Regulations for the medical services of the Army of India
Year: 1930
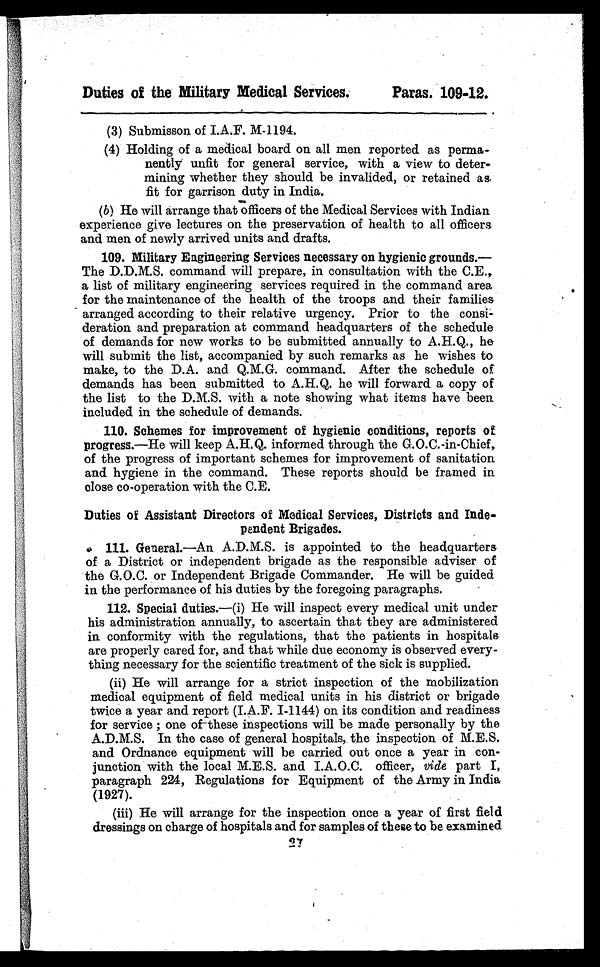
Duties of the Military Medical Services.
Paras. 109-12.
(3) Submisson of I.A.F. M-1194.
(4) Holding of a medical board on all men reported as perma-
nently unfit for general service, with a view to deter-
mining whether they should be invalided, or retained as
fit for garrison duty in India.
(b) He will arrange that officers of the Medical Services with Indian
experience give lectures on the preservation of health to all officers
and men of newly arrived units and drafts.
109. Military Engineering Services necessary on hygienic grounds.—
The D.D.M.S. command will prepare, in consultation with the C.E.,
a list of military engineering services required in the command area
for the maintenance of the health of the troops and their families
arranged according to their relative urgency. Prior to the consi-
deration and preparation at command headquarters of the schedule
of demands for new works to be submitted annually to A.H.Q., he
will submit the list, accompanied by such remarks as he wishes to
make, to the D.A. and Q.M.G. command. After the schedule of
demands has been submitted to A.H.Q. he will forward a copy of
the list to the D.M.S. with a note showing what items have been
included in the schedule of demands.
110. Schemes for improvement of hygienic conditions, reports of
progress.—He will keep A.H.Q. informed through the G.O.C.-in-Chief,
of the progress of important schemes for improvement of sanitation
and hygiene in the command. These reports should be framed in
close co-operation with the C.E.
Duties of Assistant Directors of Medical Services, Districts and Inde-
pendent Brigades.
111. General.—An A.D.M.S. is appointed to the headquarters
of a District or independent brigade as the responsible adviser of
the G.O.C. or Independent Brigade Commander. He will be guided
in the performance of his duties by the foregoing paragraphs.
112. Special duties.—(i) He will inspect every medical unit under
his administration annually, to ascertain that they are administered
in conformity with the regulations, that the patients in hospitals
are properly cared for, and that while due economy is observed every-
thing necessary for the scientific treatment of the sick is supplied.
(ii) He will arrange for a strict inspection of the mobilization
medical equipment of field medical units in his district or brigade
twice a year and report (I.A.F. I-1144) on its condition and readiness
for service; one of these inspections will be made personally by the
A.D.M.S. In the case of general hospitals, the inspection of M.E.S.
and Ordnance equipment will be carried out once a year in con-
junction with the local M.E.S. and I.A.O.C. officer, vide part I,
paragraph 224, Regulations for Equipment of the Army in India
(1927).
(iii) He will arrange for the inspection once a year of first field
dressings on charge of hospitals and for samples of these to be examined
27